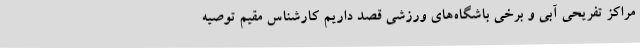
مراکز تفریحی آبی و برخی باشگاه‌های ورزشی قصد داریم کارشناس مقیم توصیه